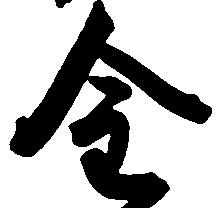
金